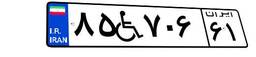
۸۵W۷۰۶۶۱